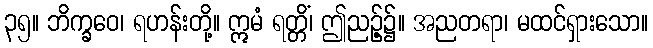
၃၅။ ဘိက္ခဝေ၊ ရဟန်းတို့။ ဣမံ ရတ္တိံ၊ ဤညဉ့်၌။ အညတရာ၊ မထင်ရှားသော။